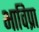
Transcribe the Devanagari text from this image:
भाविप्रा